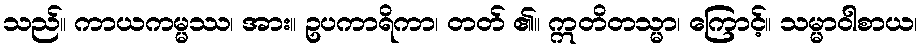
သည်။ ကာယကမ္မဿ၊ အား။ ဥပကာရိကာ၊ တတ် ၏။ ဣတိတသ္မာ၊ ကြောင့်။ သမ္မာဝါစာယ၊